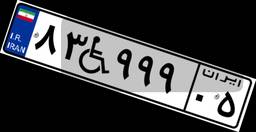
۸۳W۹۹۹۰۵